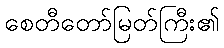
စေတီတော်မြတ်ကြီး၏